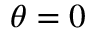
\theta = 0